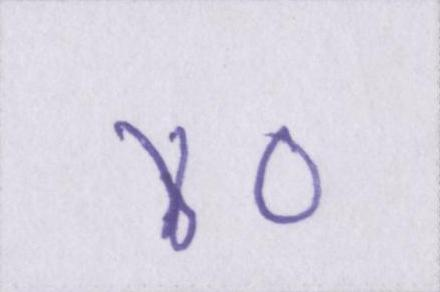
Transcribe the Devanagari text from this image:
४०